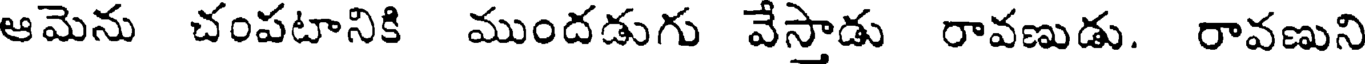
ఆమెను చంపటానికి ముందడుగు వేస్తాడు రావణుడు. రావణుని